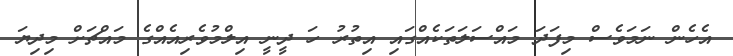
އެހެން ނަމަވެސް މިފަދަ މައްސަލަތަކެއްގައި އިތުރު ހަ ދީނީ އިލްމުވެރިއެއްގެ މައްޗަށް މިދިޔަ